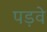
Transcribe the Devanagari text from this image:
पड़वे